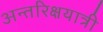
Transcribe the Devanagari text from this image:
अन्तरिक्षयात्री